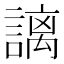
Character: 謧